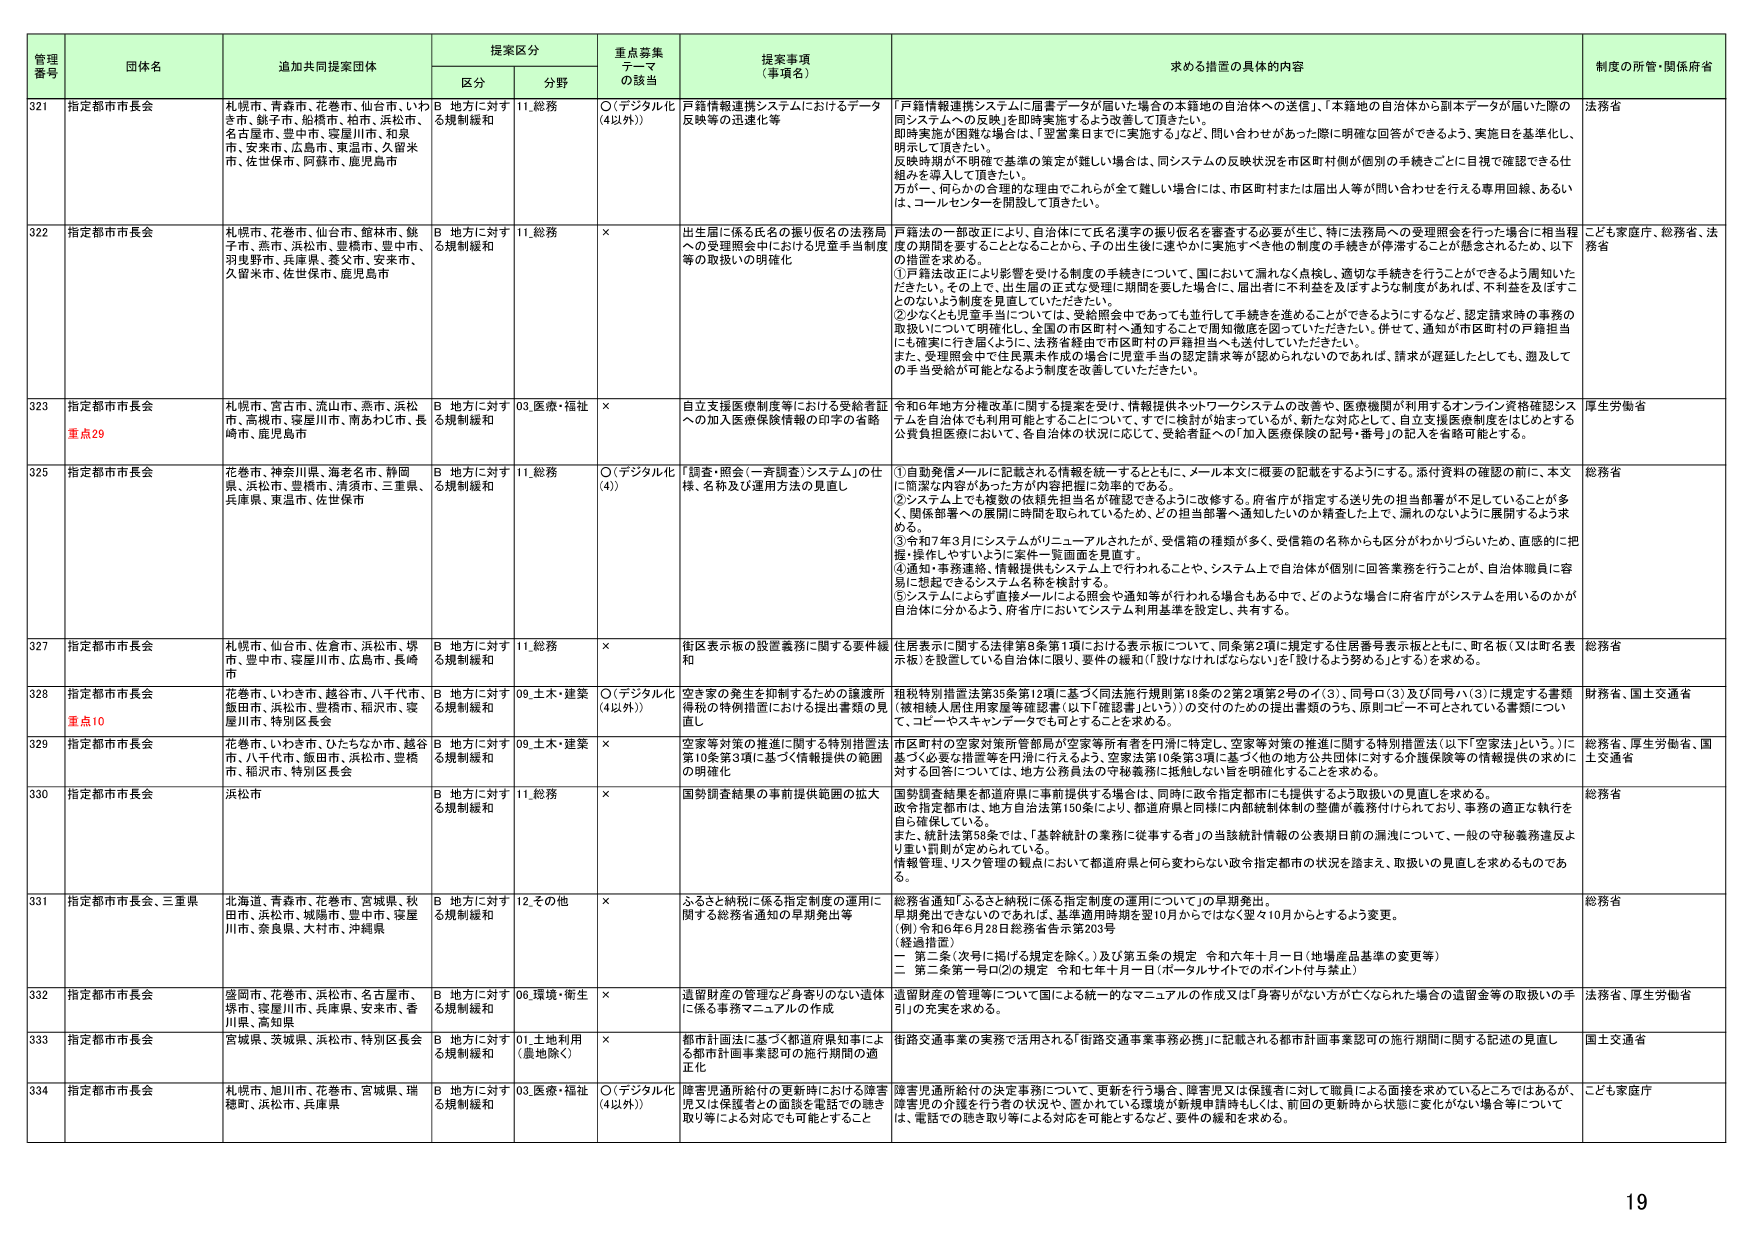
管理番号 団体名 追加共同提案団体 提案区分 重点募集テーマの該当 提案事項（事項名） 求める措置の具体的内容 制度の所管・関係府省
区分 分野
321 指定都市市長会 札幌市、青森市、花巻市、仙台市、いわき市、銚子市、船橋市、柏市、浜松市、名古屋市、豊中市、寝屋川市、和泉市、安来市、広島市、東温市、久留米市、佐世保市、阿蘇市、鹿児島市 B 地方に対する規制緩和 11.総務 ○（デジタル化（4以外）） 戸籍情報連携システムにおけるデータ反映等の迅速化等 「戸籍情報連携システムに届書データが届いた場合の本籍地の自治体への送信」、「本籍地の自治体から副本データが届いた際の同システムへの反映」を即時実施するよう改善して頂きたい。即時実施が困難な場合は、「翌営業日までに実施する」など、問い合わせがあった際に明確な回答ができるよう、実施日を基準化し、明示して頂きたい。反映時期が不明確で基準の策定が難しい場合は、同システムの反映状況を市区町村側が個別の手続きごとに目視で確認できる仕組みを導入して頂きたい。万が一、何かの合理的な理由でこれらが全く難しい場合は、市区町村または届出人等が問い合わせを行うと専用回線、あるいは、コールセンターを開設して頂きたい。 法務省
322 指定都市市長会 札幌市、花巻市、仙台市、館林市、銚子市、燕市、浜松市、豊橋市、豊中市、羽曳野市、兵庫県、養父市、安来市、久留米市、佐世保市、鹿児島市 B 地方に対する規制緩和 11.総務 × 出生届に係る氏名の振り仮名の法務局への受理照会中における児童手当制度等の取扱いの明確化 戸籍法の一部改正により、自治体にて氏名漢字の振り仮名を審査する必要が生じ、特に法務局への受理照会を行った場合に相当程度の期間を要することとなることから、子の出生後に速やかに実施すべき他の制度の手続きが停滞することが懸念されるため、以下の措置を求める。①戸籍法改正により影響を受ける制度の手続きについて、国において漏れなく点検し、適切な手続きを行うことができるよう周知いただけるよう、その上で、出生届の正式な受理に期間を要した場合に、届出者に不利益を及ぼすような制度があれば、不利益を及ぼすことのないよう制度を見直していただきたい。②少なくとも児童手当については、受給照会中であっても並行して手続きを進めることができるようになるなど、認定請求時の事務の取扱いについて明確化し、全国の市区町村へ通知することで周知徹底を図っていただきたい。併せて、通知が市区町村の戸籍担当にも確実に行き届くように、法務省経由で市区町村の戸籍担当へも送付していただきたい。また、受理照会中で住民票未作成の場合に児童手当の認定請求等が認められないのであれば、請求が遅延したとしても、遡及しての手当受給が可能となるよう制度を改善していただきたい。 こども家庭庁、総務省、法務省
323 指定都市市長会 重点29 札幌市、宮古市、流山市、燕市、浜松市、高槻市、寝屋川市、南あわじ市、長崎市、鹿児島市 B 地方に対する規制緩和 03.医療・福祉 × 自立支援医療制度等における受給者証への加入医療保険情報の印字の省略 令和6年地方分権改革に関する提案を受け、情報提供ネットワークシステムの改善や、医療機関が利用するオンライン資格確認システムを自治体でも利用可能とすることについて、すでに検討が始まっていながら、新たな対応として、自立支援医療制度をはじめとする公費負担医療において、各自治体の状況に応じて、受給者証への「加入医療保険の記号・番号」の記入を省略可能とする。 厚生労働省
325 指定都市市長会 花巻市、神奈川県、海老名市、静岡県、浜松市、豊橋市、清須市、三重県、兵庫県、東温市、佐世保市 B 地方に対する規制緩和 11.総務 ○（デジタル化（4）） 「調査・照会（一斉調査）システム」の仕様、名称及び運用方法の見直し ①自動発信メールに記載される情報を統一するとともに、メール本文に概要の記載をするようにする。添付資料の確認の前に、本文に簡潔な内容があった方が内容把握に効率的である。②システム上でも複数の依頼先担当名が確認できるように改善する。府省庁が指定する送り先の担当部署が不足していることが多く、関係部署への展開に時間を取られているため、どの担当部署へ通知したのか精査した上で、漏れのないように展開するよう求める。③令和7年3月にシステムがリニューアルされたが、受信箱の種類が多く、受信箱の名称からも区分がわかりづらいため、直感的に「把握」操作しやすいように案件一覧画面を見直す。④通知・事務連絡、情報提供もシステム上で行われることや、システム上で自治体が個別に回答業務を行うことが、自治体職員に容易に想起できるシステム名称を検討する。⑤システムにより直接メールによる照会や通知等が行われる場合もある中で、どのような場合に府省庁がシステムを用いるのかが自治体に分かるよう、府省庁においてシステム利用基準を設定し、共有する。 総務省
327 指定都市市長会 札幌市、仙台市、佐倉市、浜松市、堺市、豊中市、寝屋川市、広島市、長崎市 B 地方に対する規制緩和 11.総務 × 街区表示板の設置義務に関する要件緩和 住居表示に関する法律第8条第1項における表示板について、同条第2項に規定する住居番号表示板とともに、町名板（又は町名表示板）を設置している自治体に限り、要件の緩和（「設けなければならない」を「設けるよう努める」）とするを求めめる。 総務省
328 指定都市市長会 重点10 花巻市、いわき市、越谷市、八千代市、飯田市、浜松市、豊橋市、稲沢市、寝屋川市、特別区長会 B 地方に対する規制緩和 09.土木・建築 ○（デジタル化（4以外）） 空き家の発生を抑制するための譲渡所得税の特例措置における提出書類の見直し 租税特別措置法第35条第12項に基づく同法施行規則第18条の2第2項第2号のイ（3）、同号ロ（3）及び同号ハ（3）に規定する書類（被相続人居住用家屋等確認書（以下「確認書」という））の交付のための提出書類のうち、原則コピー不可とされている書類について、コピーやスキャンデータでも可とすることを求める。 財務省、国土交通省
329 指定都市市長会 花巻市、いわき市、ひたちなか市、越谷市、八千代市、飯田市、浜松市、豊橋市、稲沢市、特別区長会 B 地方に対する規制緩和 09.土木・建築 × 空家等対策の推進に関する特別措置法第10条第3項に基づく情報提供の範囲の明確化 市区町村の空家対策所管部局が空家等所有者を円滑に特定し、空家等対策の推進に関する特別措置法（以下「空家法」という。）に基づく必要な措置等を円滑に行えるよう、空家法第10条第3項に基づく他の地方公共団体に対する介護保険等の情報提供の求めに対する回答については、地方公務員法の守秘義務に抵触しない旨を明確化することを求める。 総務省、厚生労働省、国土交通省
330 指定都市市長会 浜松市 B 地方に対する規制緩和 11.総務 × 国勢調査結果の事前提供範囲の拡大 国勢調査結果を都道府県に事前提供する場合は、同時に政令指定都市にも提供するよう取扱いの見直しを求める。政令指定都市は、地方自治法第150条により、都道府県と同様に内部統制体制の整備が義務付けられており、事務の適正な執行を自ら確保している。また、統計法第58条では、「基幹統計の業務に従事する者」の当該統計情報の公表期日前の漏洩について、一般の守秘義務違反より重い罰則が定められている。情報管理、リスク管理の観点において都道府県と何ら変わらない政令指定都市の状況を踏まえ、取扱いの見直しを求めるものである。 総務省
331 指定都市市長会、三重県 北海道、青森市、花巻市、宮城県、秋田市、浜松市、城陽市、豊中市、寝屋川市、奈良県、大村市、沖縄県 B 地方に対する規制緩和 12.その他 × ふるさと納税に係る指定制度の運用に関する総務省通知の早期発出等 総務省通知「ふるさと納税に係る指定制度の運用について」の早期発出。早期発出できないのであれば、基準適用時期を翌10月からではなく翌々10月からとするよう変更。（例）令和6年6月28日総務省告示第203号（経過措置）一 第二条（次号に掲げる規定を除く。）及び第五条の規定 令和六年十月一日（地場産品基準の変更等）二 第二条第一号ロ②の規定 令和七年十月一日（ポータルサイトでのポイント付与禁止） 総務省
332 指定都市市長会 盛岡市、花巻市、浜松市、名古屋市、堺市、寝屋川市、兵庫県、安来市、香川県、高知県 B 地方に対する規制緩和 06.環境・衛生 × 遺留財産の管理など身寄りのない遺体に係る事務マニュアルの作成 遺留財産の管理等について国による統一的なマニュアルの作成又は「身寄りがない方が亡くなった場合の遺留金等の取扱いの手引」の充実を求める。 法務省、厚生労働省
333 指定都市市長会 宮城県、茨城県、浜松市、特別区長会 B 地方に対する規制緩和 01.土地利用（農地除く） × 都市計画法に基づく都道府県知事による都市計画事業認可の施行期間の適正化 街路交通事業の実務で活用される「街路交通事業事務必携」に記載される都市計画事業認可の施行期間に関する記述の見直し 国土交通省
334 指定都市市長会 札幌市、旭川市、花巻市、宮城県、瑞穂町、浜松市、兵庫県 B 地方に対する規制緩和 03.医療・福祉 ○（デジタル化（4以外）） 障害児通所給付の更新時における障害児又は保護者との面談を電話での聴き取り等による対応でも可能とすること 障害児通所給付の決定事務について、更新を行う場合、障害児又は保護者に対して職員による面接を求めているところではあるが、障害児の介護を行う者の状況や、直かれていた環境が新規申請時もしくは、前回の更新時から状態に変化がない場合等について、電話での聴き取り等による対応を可能とするなど、要件の緩和を求める。 こども家庭庁
19